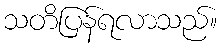
သတိပြန်ရလာသည်။